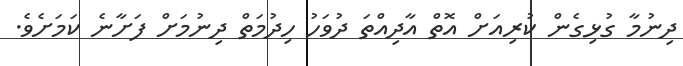
ދިނުމާ ގުޅިގެން ކުރިއަށް އޮތް އާދިއްތަ ދުވަހު ހިދުމަތް ދިނުމަށް ފަށާނެ ކަމަށެވެ.